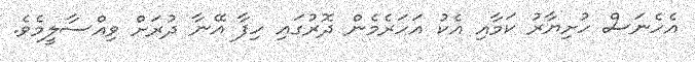
އެހެނަސް ހުށިޔާރު ކަމާއި އެކު އަހަރެމެން ދޮރުގައި ހިފާ އޭނާ ދުރަށް ވިއްސާލީމެވެ.